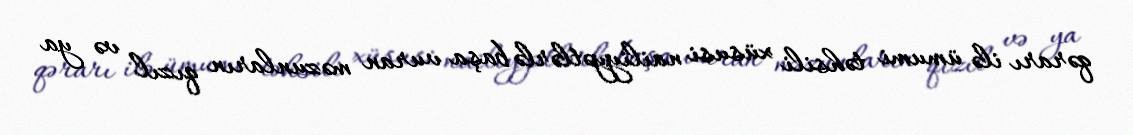
qərarı ilə ümumi təhsili xüsusi nailiyyətlərlə başa vuran məzunların qızıl və ya